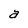
Character: a